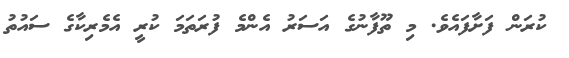
ކުރަން ފަށާފައެވެ. މި ތޫފާނުގެ އަސަރު އެންމެ ފުރަތަމަ ކުރީ އެމެރިކާގެ ސައުތު